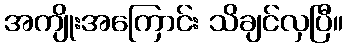
အကျိုးအကြောင်း သိချင်လှပြီ။